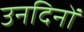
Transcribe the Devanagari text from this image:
उनदिनों